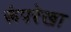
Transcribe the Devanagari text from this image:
रूंपरेखा